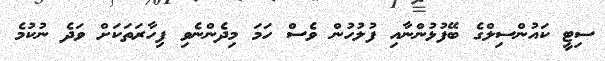
ސިޓީ ކައުންސިލްގެ ބޭފުޅުންނާއި ފުލުހުން ވެސް ހަމަ މިދެންނެވި ފިހާރަތަކަށް ވަދެ ނުކުމެ